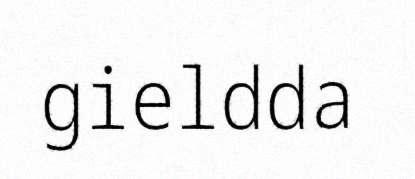
gieldda